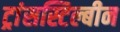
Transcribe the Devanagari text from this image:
ट्रांसस्टिल्बीन